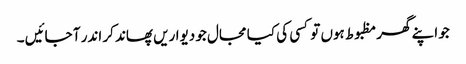
جو اپنے گھر مظبوط ہوں تو کسی کی کیا مجال جو دیواریں پھاند کر اندر آ جائیں ۔